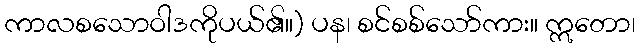
ကာလစသောဝါဒကိုပယ်၏။) ပန၊ စင်စစ်သော်ကား။ ဣတော၊